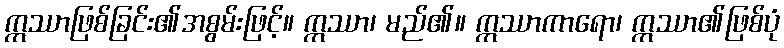
ဣဿာဖြစ်ခြင်း၏အစွမ်းဖြင့်။ ဣဿာ၊ မည်၏။ ဣဿာကာရော၊ ဣဿာ၏ဖြစ်ပုံ